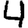
Digit: 4